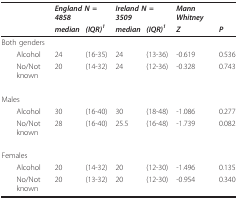
<table><thead><tr><td></td><td colspan="2"><b><i>England N = 4858</i></b></td><td colspan="2"><b><i>Ireland N = 3509</i></b></td><td><b><i>Mann Whitney</i></b></td><td></td></tr><tr><td></td><td><b><i>median</i></b></td><td><b><i>(IQR)</i><sup><i>1</i></sup></b></td><td><b><i>median</i></b></td><td><b><i>(IQR)</i><sup><i>1</i></sup></b></td><td><b><i>Z</i></b></td><td><b><i>P</i></b></td></tr></thead><tbody><tr><td>Both genders</td><td></td><td></td><td></td><td></td><td></td><td></td></tr><tr><td> Alcohol</td><td>24</td><td>(16-35)</td><td>24</td><td>(13-36)</td><td>-0.619</td><td>0.536</td></tr><tr><td> No/Not known</td><td>20</td><td>(14-32)</td><td>24</td><td>(12-36)</td><td>-0.328</td><td>0.743</td></tr><tr><td>Males</td><td></td><td></td><td></td><td></td><td></td><td></td></tr><tr><td> Alcohol</td><td>30</td><td>(16-40)</td><td>30</td><td>(18-48)</td><td>-1.086</td><td>0.277</td></tr><tr><td> No/Not known</td><td>28</td><td>(16-40)</td><td>25.5</td><td>(16-48)</td><td>-1.739</td><td>0.082</td></tr><tr><td>Females</td><td></td><td></td><td></td><td></td><td></td><td></td></tr><tr><td> Alcohol</td><td>20</td><td>(14-32)</td><td>20</td><td>(12-30)</td><td>-1.496</td><td>0.135</td></tr><tr><td> No/Not known</td><td>20</td><td>(13-32)</td><td>20</td><td>(12-30)</td><td>-0.954</td><td>0.340</td></tr></tbody></table>